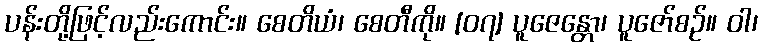
ပန်းတို့ဖြင့်လည်းကောင်း။ စေတိယံ၊ စေတီကို။ [၀၇] ပူဇေန္တော၊ ပူဇော်စဉ်။ ဝါ၊